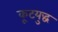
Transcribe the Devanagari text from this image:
कूटयुद्ध